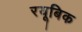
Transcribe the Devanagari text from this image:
रयूबिक